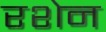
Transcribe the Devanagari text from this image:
रशेन